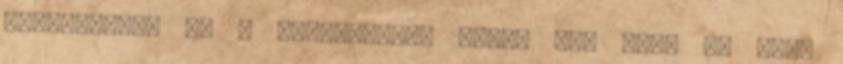
meglepetés, de a defense-ban olyan sok nem. Az első